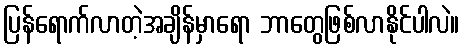
ပြန်ရောက်လာတဲ့အချိန်မှာရော ဘာတွေဖြစ်လာနိုင်ပါလဲ။